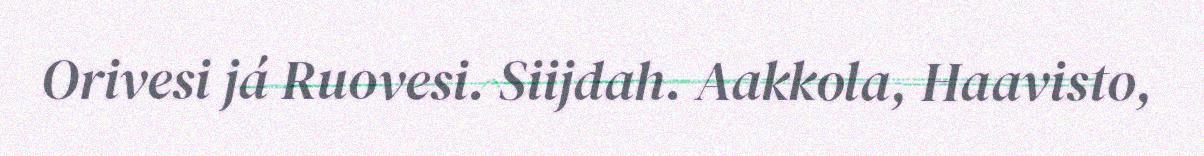
Orivesi já Ruovesi. Siijdah. Aakkola, Haavisto,